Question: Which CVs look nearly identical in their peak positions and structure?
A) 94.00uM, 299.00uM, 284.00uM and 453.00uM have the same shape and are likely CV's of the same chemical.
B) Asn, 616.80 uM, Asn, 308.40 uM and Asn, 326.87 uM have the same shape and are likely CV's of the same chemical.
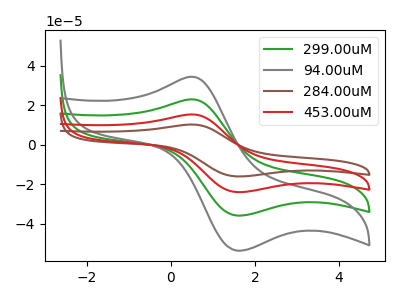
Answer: <think>The green curve "299.00uM" has an anodic peak at (0.50V, 23.00uA) and a cathodic peak at (1.55V, -35.75uA). The gray curve "94.00uM" has an anodic peak at (0.50V, 34.40uA) and a cathodic peak at (1.55V, -53.45uA). The brown curve "284.00uM" has an anodic peak at (0.50V, 69.00uA) and a cathodic peak at (1.55V, -107.20uA). The red curve "453.00uM" has an anodic peak at (0.50V, 46.00uA) and a cathodic peak at (1.55V, -71.45uA).
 All the peaks in "299.00uM" have a peak in "94.00uM" at the same potential. Every peak in "299.00uM" is lower than every peak in "94.00uM". All the peaks in "299.00uM" have a peak in "284.00uM" at the same potential. Every peak in "299.00uM" is lower than every peak in "284.00uM". All the peaks in "299.00uM" have a peak in "453.00uM" at the same potential. Every peak in "299.00uM" is lower than every peak in "453.00uM". All the peaks in "94.00uM" have a peak in "284.00uM" at the same potential. Every peak in "94.00uM" is lower than every peak in "284.00uM". All the peaks in "94.00uM" have a peak in "453.00uM" at the same potential. Every peak in "94.00uM" is lower than every peak in "453.00uM". All the peaks in "284.00uM" have a peak in "453.00uM" at the same potential. Every peak in "284.00uM" is higher than every peak in "453.00uM".</think>
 <answer>A) "94.00uM", "299.00uM", "284.00uM" and "453.00uM" have the same shape and are likely CV's of the same chemical.</answer>
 <eval>A</eval>